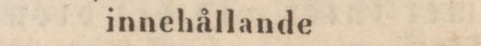
innchållande